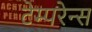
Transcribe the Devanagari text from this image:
टेम्परेन्स